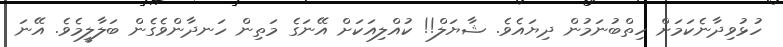
ހުޅުވިދާނެކަމަށް ހިތްބުނަމުން ދިޔައެވެ. ޝާޔަލް!! ކުއްލިއަކަށް އޭނަގެ މަތިން ހަނދާންވެގެން ބަލާލީމެވެ. އޭނަ